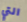
التي